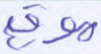
موقع